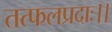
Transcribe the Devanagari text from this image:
तत्फलप्रदाः।।